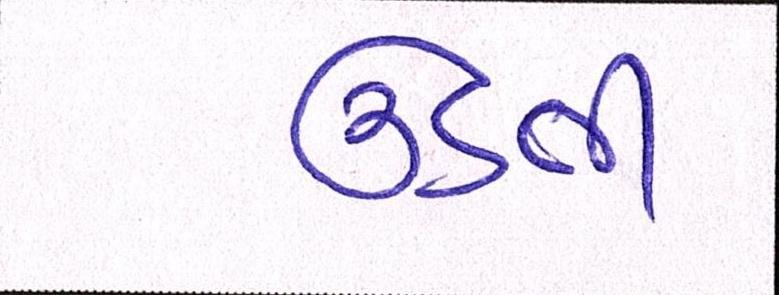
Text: ઉડતી